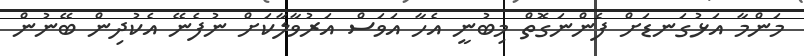
މަންމާ އަޅުގަނޑަށް ފެންނަގޮތް މިބުނީ އެހާ އަވަސް އަރުވާލާކަށް ނުފެނޭ އެކުދިން ބޭނުން